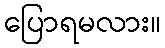
ပြောရမလား။